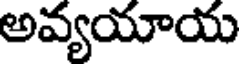
అవ్యయాయ